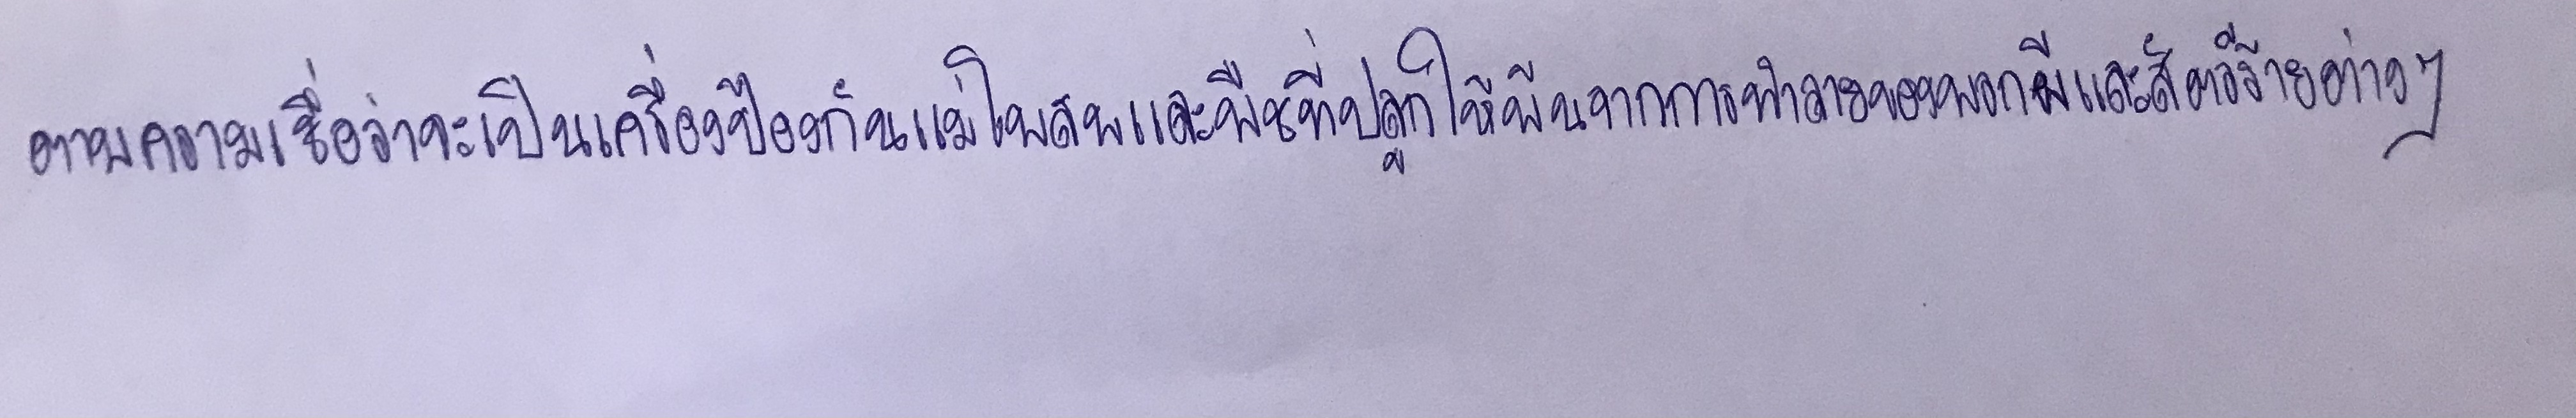
ตามความเชื่อว่าจะเป็นเครื่องป้องกันแม่โพสพและพืชที่ปลูกให้พ้นจากการทำลายของพวกผีและสัตว์ร้ายต่างๆ